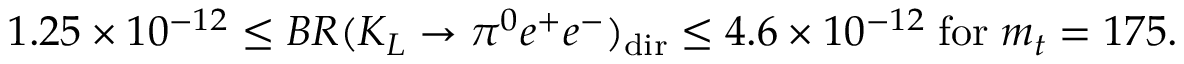
1 . 2 5 \times 1 0 ^ { - 1 2 } \leq B R ( K _ { L } \rightarrow \pi ^ { 0 } e ^ { + } e ^ { - } ) _ { \mathrm { d i r } } \leq 4 . 6 \times 1 0 ^ { - 1 2 } \; \mathrm { f o r } \; m _ { t } = 1 7 5 . \nonumber \, \phantom { l }